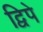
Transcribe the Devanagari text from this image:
द्विपे